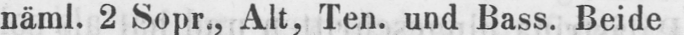
näml. 2 Sopr., Alt, Ten. und Bass. Beide